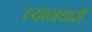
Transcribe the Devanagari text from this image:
ध्यानधारी